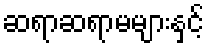
ဆရာဆရာမများနှင့်